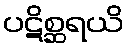
ပဋိစ္ဆရယိ